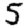
Digit: 5